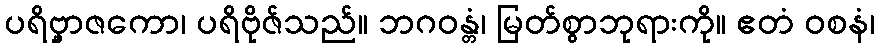
ပရိဗ္ဗှာဇကော၊ ပရိဗိုဇ်သည်။ ဘဂဝန္တံ၊ မြတ်စွာဘုရားကို။ ဧတံ ဝစနံ၊